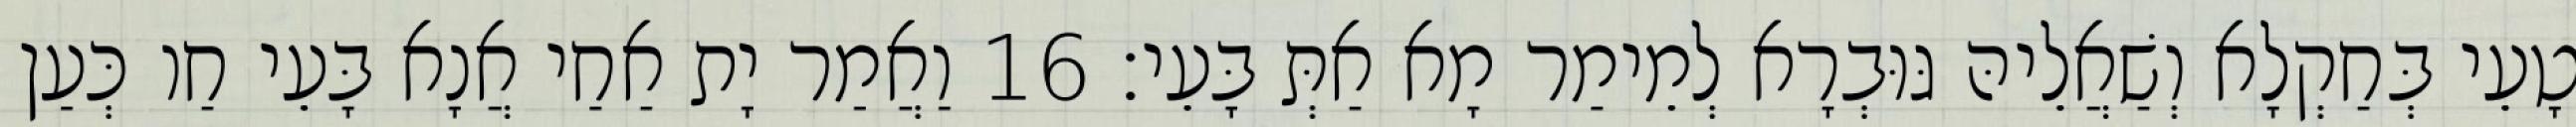
טָעֵי בְּחַקְלָא וְשַׁאֲלֵיהּ גּוּבְרָא לְמֵימַר מָא אַתְּ בָּעֵי׃ 16 וַאֲמַר יָת אַחַי אֲנָא בָּעֵי חַו כְּעַן